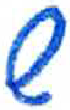
אות: ש